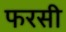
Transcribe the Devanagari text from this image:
फरसी